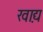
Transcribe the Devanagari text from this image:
खा़द्य